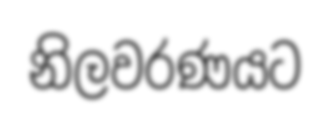
නිලවරණයට